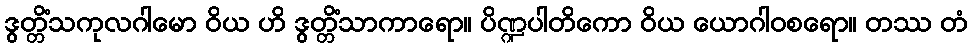
ဒွတ္တိံသကုလဂါမော ဝိယ ဟိ ဒွတ္တိံသာကာရော။ ပိဏ္ဍပါတိကော ဝိယ ယောဂါဝစရော။ တဿ တံ